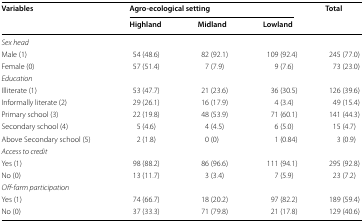
<table><thead><tr><td rowspan="2"><b>Variables</b></td><td colspan="3"><b>Agro-ecological setting</b></td><td rowspan="2"><b>Total</b></td></tr><tr><td><b>Highland</b></td><td><b>Midland</b></td><td><b>Lowland</b></td></tr></thead><tbody><tr><td><i>Sex head</i></td><td></td><td></td><td></td><td></td></tr><tr><td>Male (1)</td><td>54 (48.6)</td><td>82 (92.1)</td><td>109 (92.4)</td><td>245 (77.0)</td></tr><tr><td>Female (0)</td><td>57 (51.4)</td><td>7 (7.9)</td><td>9 (7.6)</td><td>73 (23.0)</td></tr><tr><td colspan="5"><i>Education</i></td></tr><tr><td>Illiterate (1)</td><td>53 (47.7)</td><td>21 (23.6)</td><td>36 (30.5)</td><td>126 (39.6)</td></tr><tr><td>Informally literate (2)</td><td>29 (26.1)</td><td>16 (17.9)</td><td>4 (3.4)</td><td>49 (15.4)</td></tr><tr><td>Primary school (3)</td><td>22 (19.8)</td><td>48 (53.9)</td><td>71 (60.1)</td><td>141 (44.3)</td></tr><tr><td>Secondary school (4)</td><td>5 (4.6)</td><td>4 (4.5)</td><td>6 (5.0)</td><td>15 (4.7)</td></tr><tr><td>Above Secondary school (5)</td><td>2 (1.8)</td><td>0 (0)</td><td>1 (0.84)</td><td>3 (0.9)</td></tr><tr><td><i>Access to credit</i></td><td></td><td></td><td></td><td></td></tr><tr><td>Yes (1)</td><td>98 (88.2)</td><td>86 (96.6)</td><td>111 (94.1)</td><td>295 (92.8)</td></tr><tr><td>No (0)</td><td>13 (11.7)</td><td>3 (3.4)</td><td>7 (5.9)</td><td>23 (7.2)</td></tr><tr><td><i>Off-farm participation</i></td><td></td><td></td><td></td><td></td></tr><tr><td>Yes (1)</td><td>74 (66.7)</td><td>18 (20.2)</td><td>97 (82.2)</td><td>189 (59.4)</td></tr><tr><td>No (0)</td><td>37 (33.3)</td><td>71 (79.8)</td><td>21 (17.8)</td><td>129 (40.6)</td></tr></tbody></table>